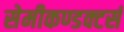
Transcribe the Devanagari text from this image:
सेमीकण्डक्टर्स